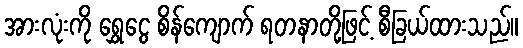
အားလုံးကို ရွှေငွေ စိန်ကျောက် ရတနာတို့ဖြင့် စီခြယ်ထားသည်။